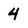
Character: 4